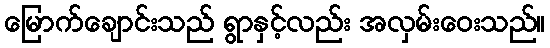
မြောက်ချောင်းသည် ရွာနှင့်လည်း အလှမ်းဝေးသည်။